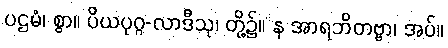
ပဌမံ၊ စွာ။ ပိယပုဂ္ဂ-လာဒီသု၊ တို့၌။ န အာရဘိတဗ္ဗာ၊ အပ်။